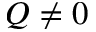
Q \neq 0